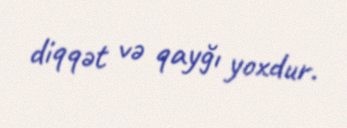
diqqət və qayğı yoxdur.